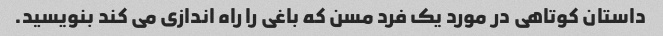
داستان کوتاهی در مورد یک فرد مسن که باغی را راه اندازی می کند بنویسید.